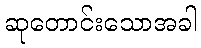
ဆုတောင်းသောအခါ